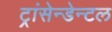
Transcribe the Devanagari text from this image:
ट्रांसेन्डेन्टल